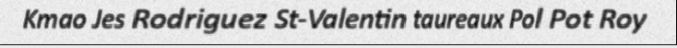
Kmao Jes Rodriguez St-Valentin taureaux Pol Pot Roy